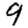
Digit: 9